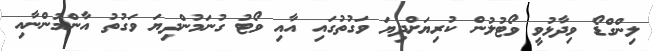
ލިންގްޑޯ ވިދާޅުވީ ވޯޓުލުން ކުރިޔަށްދިޔަ ވަގުތުގައި އާއި ވޯޓު ގުނަމުންދިޔަ ވަގުތު އާންމުންނާއި